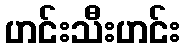
ဟင်းသီးဟင်း